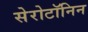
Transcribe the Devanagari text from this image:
सेरोटॉनिन